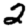
Digit: 2